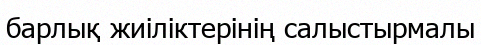
барлық жиіліктерінің салыстырмалы